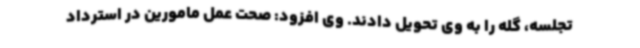
تجلسه، گله را به وی تحویل دادند. وی افزود: صحت عمل مامورین در استرداد